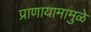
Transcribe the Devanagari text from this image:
प्राणायामामुळे